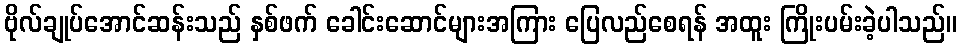
ဗိုလ်ချုပ်အောင်ဆန်းသည် နှစ်ဖက် ခေါင်းဆောင်များအကြား ပြေလည်စေရန် အထူး ကြိုးပမ်းခဲ့ပါသည်။